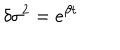
LaTeX: { \delta } { \sigma } ^ { 2 } = e ^ { { \beta } t }